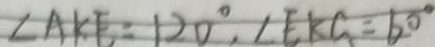
\angle A K E = 1 2 0 ^ { \circ } , \angle E K C = 6 0 ^ { \circ }